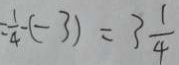
= \frac { 1 } { 4 } - ( - 3 ) = 3 \frac { 1 } { 4 }